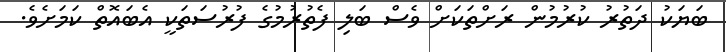
ބަޔަކު ދަތުރު ކުރުމުން ރަށްތަކަށް ވެސް ބަލި ފެތުރުމުގެ ފުރުސަތަކީ އެބައޮތް ކަމަށެވެ.